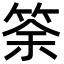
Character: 筡